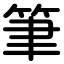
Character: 筆